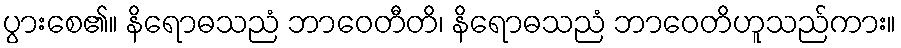
ပွားစေ၏။ နိရောဓသညံ ဘာဝေတီတိ၊ နိရောဓသညံ ဘာဝေတိဟူသည်ကား။